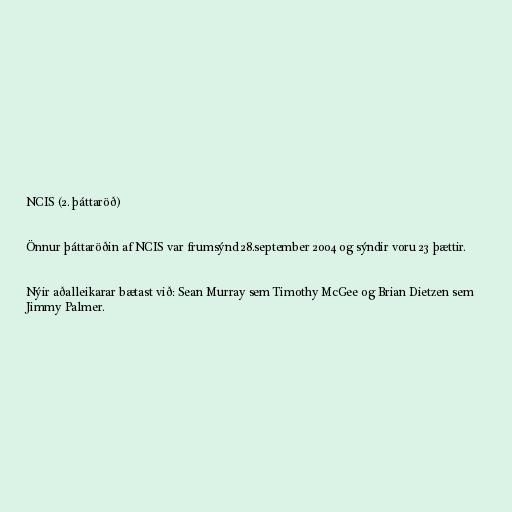
NCIS (2. þáttaröð)

Önnur þáttaröðin af NCIS var frumsýnd 28.september 2004 og sýndir voru 23 þættir.

Nýir aðalleikarar bætast við: Sean Murray sem Timothy McGee og Brian Dietzen sem
Jimmy Palmer.